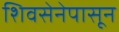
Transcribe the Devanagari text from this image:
शिवसेनेपासून